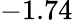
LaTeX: -1.74